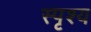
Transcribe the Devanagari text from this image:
स्पृश्‍य